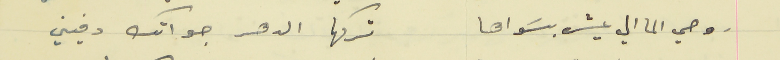
روحي الما الي عيش بسَواها                                    تركها الدهر جواتك دفيني